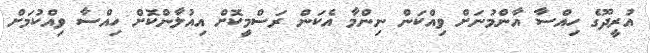
އުރީދޫގެ ހިއްސާ އާންމުނަށް ވިއްކަން ނިންމާ އެކަން ރަސްމީކޮށް އިއުލާންކޮށް ހިއްސާ ވިއްކުމަށް